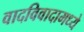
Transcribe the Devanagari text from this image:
वादविवादामध्ये